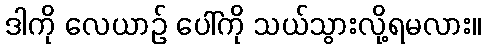
ဒါကို လေယာဉ် ပေါ်ကို သယ်သွားလို့ရမလား။